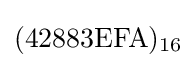
({\text{42883EFA}})_{16}